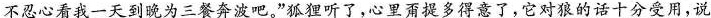
不忍心看我一天到晚为三餐奔波吧。”狐狸听了，心里甭提多得意了，它对狼的话十分受用，说